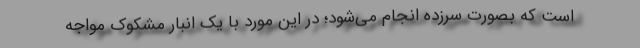
است که بصورت سرزده انجام می‌شود؛ در این مورد با یک انبار مشکوک مواجه